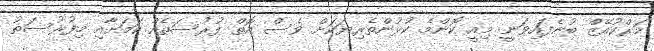
މަރްކުއޭޒް ބުނެފައިވަނީ މިއީ ކޮންމެ ކުޅުންތެރިޔަކަށް ވެސް އޮތް ފުރުސަތެއް ކަމަށާއި މިފުރުސަތު